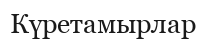
Күретамырлар